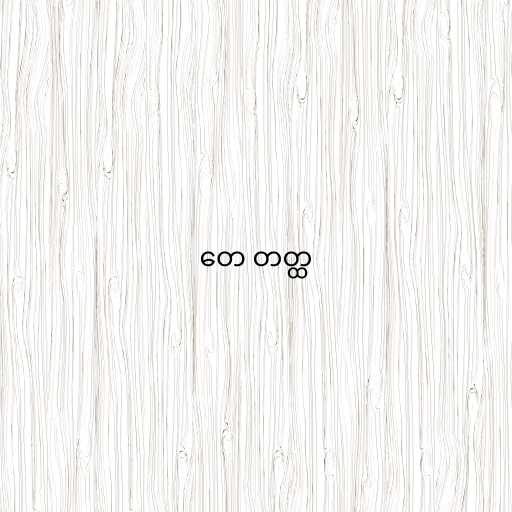
တေ တတ္ထ